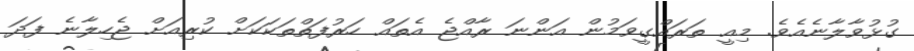
ގުޅުވާލާނެއެވެ. މިއީ ތަރައްގީވަމުން އަންނަ ރާއްޖެ އެތައް ހަރުފަތްތަކަކަށް ކުރިއަށް ޖެހިލާނެ ފަދަ